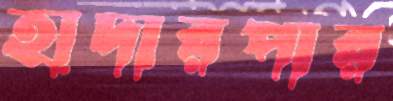
হাদারপার